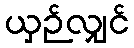
ယှဉ်လျှင်